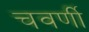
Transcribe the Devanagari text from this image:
चवर्णी